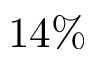
1 4 \%